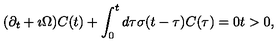
( \partial _ { t } + \imath \Omega ) C ( t ) + \int _ { 0 } ^ { t } d \tau \sigma ( t - \tau ) C ( \tau ) = 0 t > 0 ,